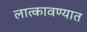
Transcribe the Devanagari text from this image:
लात्कावण्यात